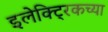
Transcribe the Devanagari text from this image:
इलेक्ट्रिकच्या